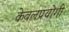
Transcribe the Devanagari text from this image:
केवलप्रयोगी